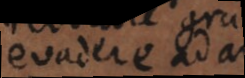
evadere ad